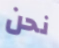
نحن